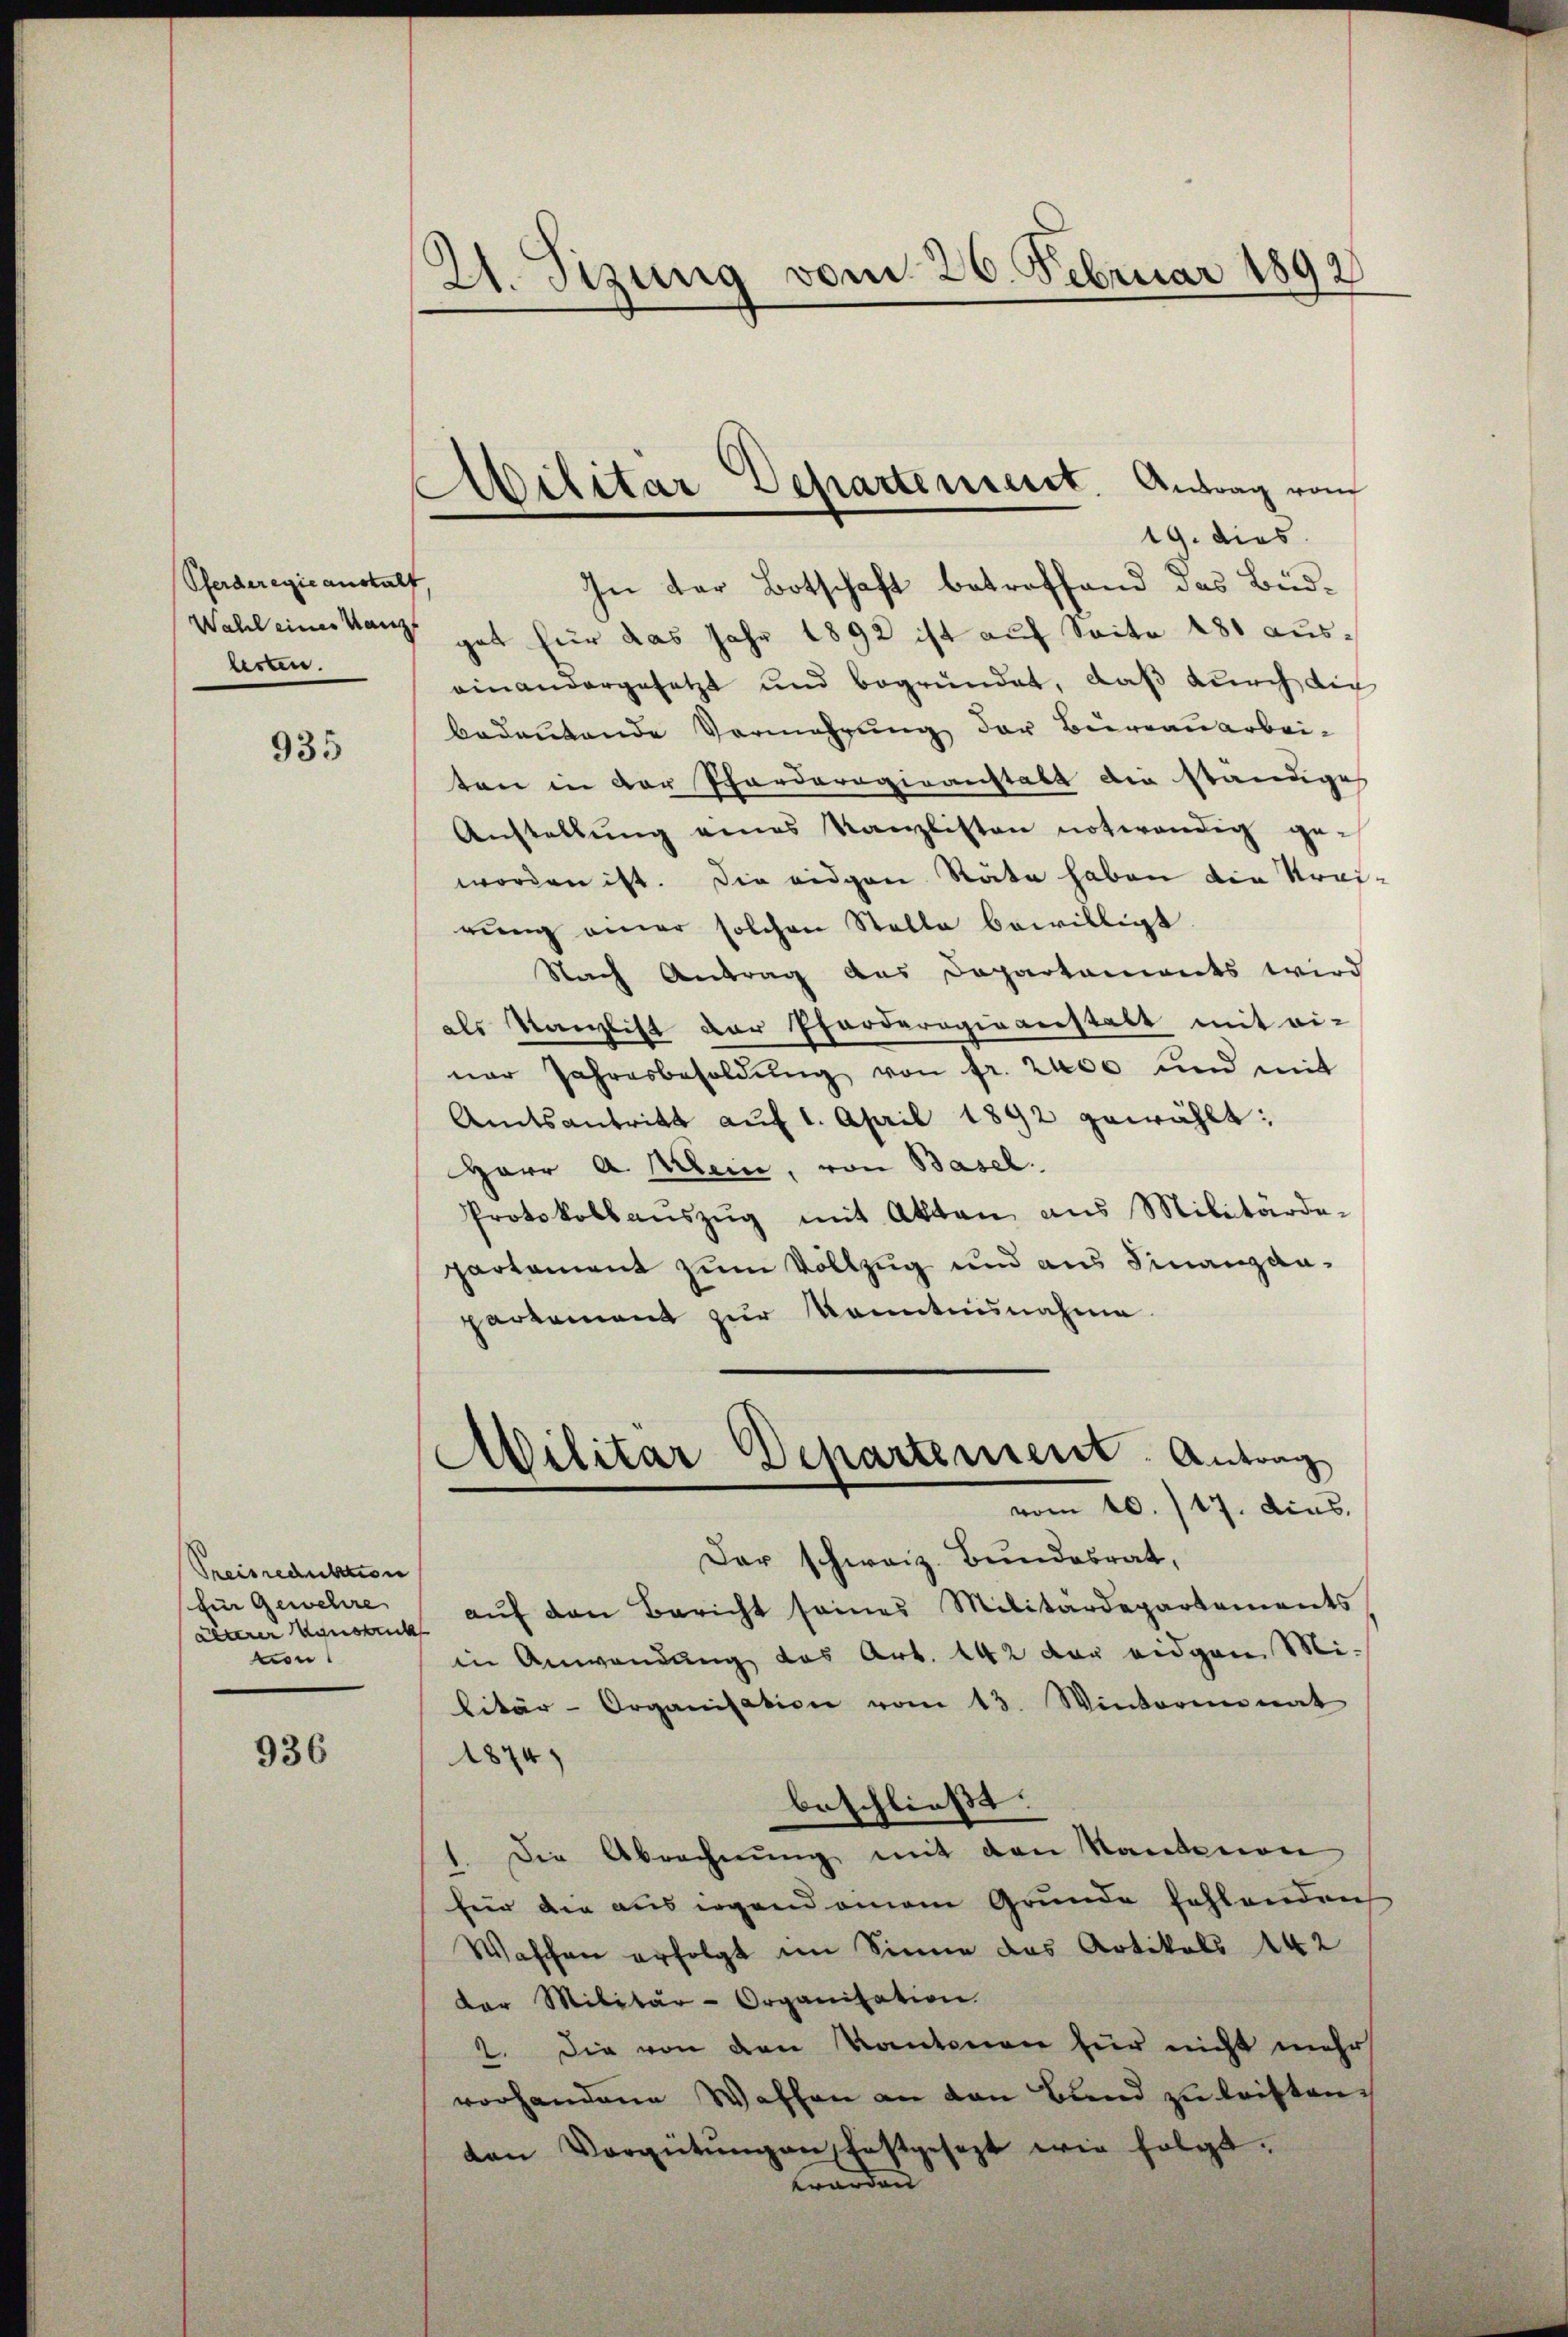
Pferderegie anstalt
Wahl einer Kanzl
lerten.

935

Preisreduktion
fin Gewehre
älterer Verstick
von

936

21. Sizung vom 26. Februar 1892

Abilitar Departement. Antrag von
19. dies

In der Botschaft betreffend das Bud-
gat für das Jahr 1892 ist auf Seite 181 auseinandergesetzt und begründet, daß durch die
bedeutende Vermehrung der Beirauarbei-
ten in der Pfarderogiranstalt die ständige
Aŭstellŭng eines Kanzlisten notwendig geworden ist. Die eidgen Räte haben die Krei
rung einer solchen Stelle bewilligt
Nach Antrag des Departements wird
als Kanzlist der Pforderogieanstalt mit ei-
ner Jahresbesoldŭng von fr. 2000 und mit
Amtsantritt auf 1. April 1892 gewählt:
Herr A. Allen, von Basel.
Protokollaŭszŭg mit Akten aus Militärde-
partement zum Vollzug und aus Finanzanpartement zur Kenntnisnahme
Militär Departement. Antrag
vom 10. 117. dies
Der schweiz. Bundesrat,
auf den Bericht seines Militärdepartements
in Anwendung das Art. 142 der eidgen Mi-
litär-Organisation vom 13. Winteriminat
1874)
beschließt:
1. Die Abrechnŭng mit den Kantonen
für die aus irgend einem Grunde fehlenden
Waffen erfolgt im Sinne das Artikels 142
der Militär-Organisation.
2. Die von den Kantonen für nicht mehr
vorhandene Waffen an den Bund zu leisten
van Vergütŭngen festgesezt wie folgt.
worden